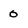
Character: 0